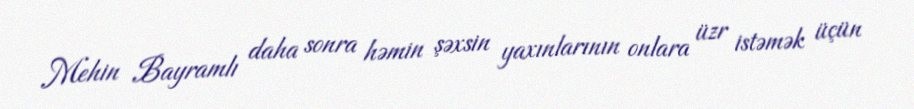
Mehin Bayramlı daha sonra həmin şəxsin yaxınlarının onlara üzr istəmək üçün